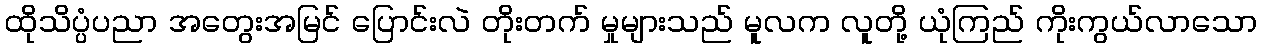
ထိုသိပ္ပံပညာ အတွေးအမြင် ပြောင်းလဲ တိုးတက် မှုများသည် မူလက လူတို့ ယုံကြည် ကိုးကွယ်လာသော